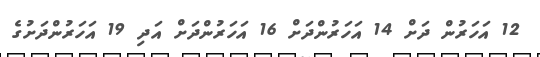
12 އަހަރުން ދަށް 14 އަހަރުންދަށް 16 އަހަރުންދަށް އަދި 19 އަހަރުންދަށުގެ